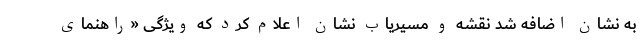
به نشان اضافه شد نقشه و مسیریاب نشان اعلام کرد که ویژگی «راهنمای